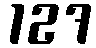
127